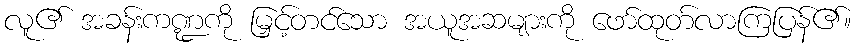
လူ၏ အခန်းကဏ္ဍကို မြှင့်တင်သော အယူအဆများကို ဖော်ထုတ်လာကြပြန်၏။